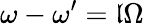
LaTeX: \omega-\omega^{\prime}=\mathfrak{l}\Omega